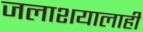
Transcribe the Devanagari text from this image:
जलाशयालाही